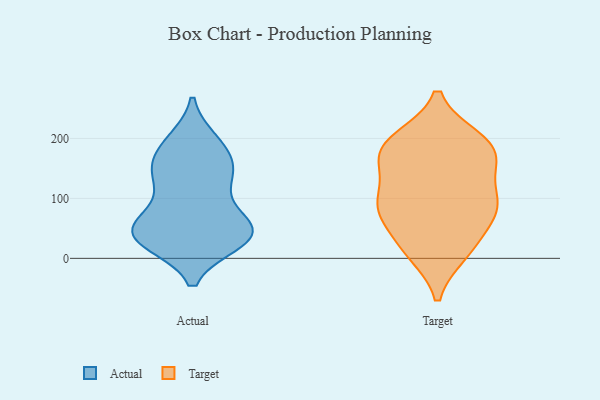
{"axis": {"x": "Page Views", "y": "Value"}, "legend": ["Actual", "Target"], "data": [{"x": "", "y": 151, "type": "Actual"}, {"x": "", "y": 30, "type": "Actual"}, {"x": "", "y": 139, "type": "Actual"}, {"x": "", "y": 52, "type": "Actual"}, {"x": "", "y": 57, "type": "Actual"}, {"x": "", "y": 189, "type": "Actual"}, {"x": "", "y": 139, "type": "Actual"}, {"x": "", "y": 58, "type": "Actual"}, {"x": "", "y": 30, "type": "Actual"}, {"x": "", "y": 189, "type": "Actual"}, {"x": "", "y": 53, "type": "Actual"}, {"x": "", "y": 195, "type": "Actual"}, {"x": "", "y": 92, "type": "Actual"}, {"x": "", "y": 27, "type": "Actual"}, {"x": "", "y": 154, "type": "Actual"}, {"x": "", "y": 30, "type": "Actual"}, {"x": "", "y": 39, "type": "Actual"}, {"x": "", "y": 129, "type": "Actual"}, {"x": "", "y": 42, "type": "Actual"}, {"x": "", "y": 88, "type": "Target"}, {"x": "", "y": 152, "type": "Target"}, {"x": "", "y": 198, "type": "Target"}, {"x": "", "y": 193, "type": "Target"}, {"x": "", "y": 78, "type": "Target"}, {"x": "", "y": 168, "type": "Target"}, {"x": "", "y": 89, "type": "Target"}, {"x": "", "y": 98, "type": "Target"}, {"x": "", "y": 70, "type": "Target"}, {"x": "", "y": 180, "type": "Target"}, {"x": "", "y": 10, "type": "Target"}, {"x": "", "y": 158, "type": "Target"}, {"x": "", "y": 95, "type": "Target"}, {"x": "", "y": 17, "type": "Target"}, {"x": "", "y": 18, "type": "Target"}, {"x": "", "y": 195, "type": "Target"}]}